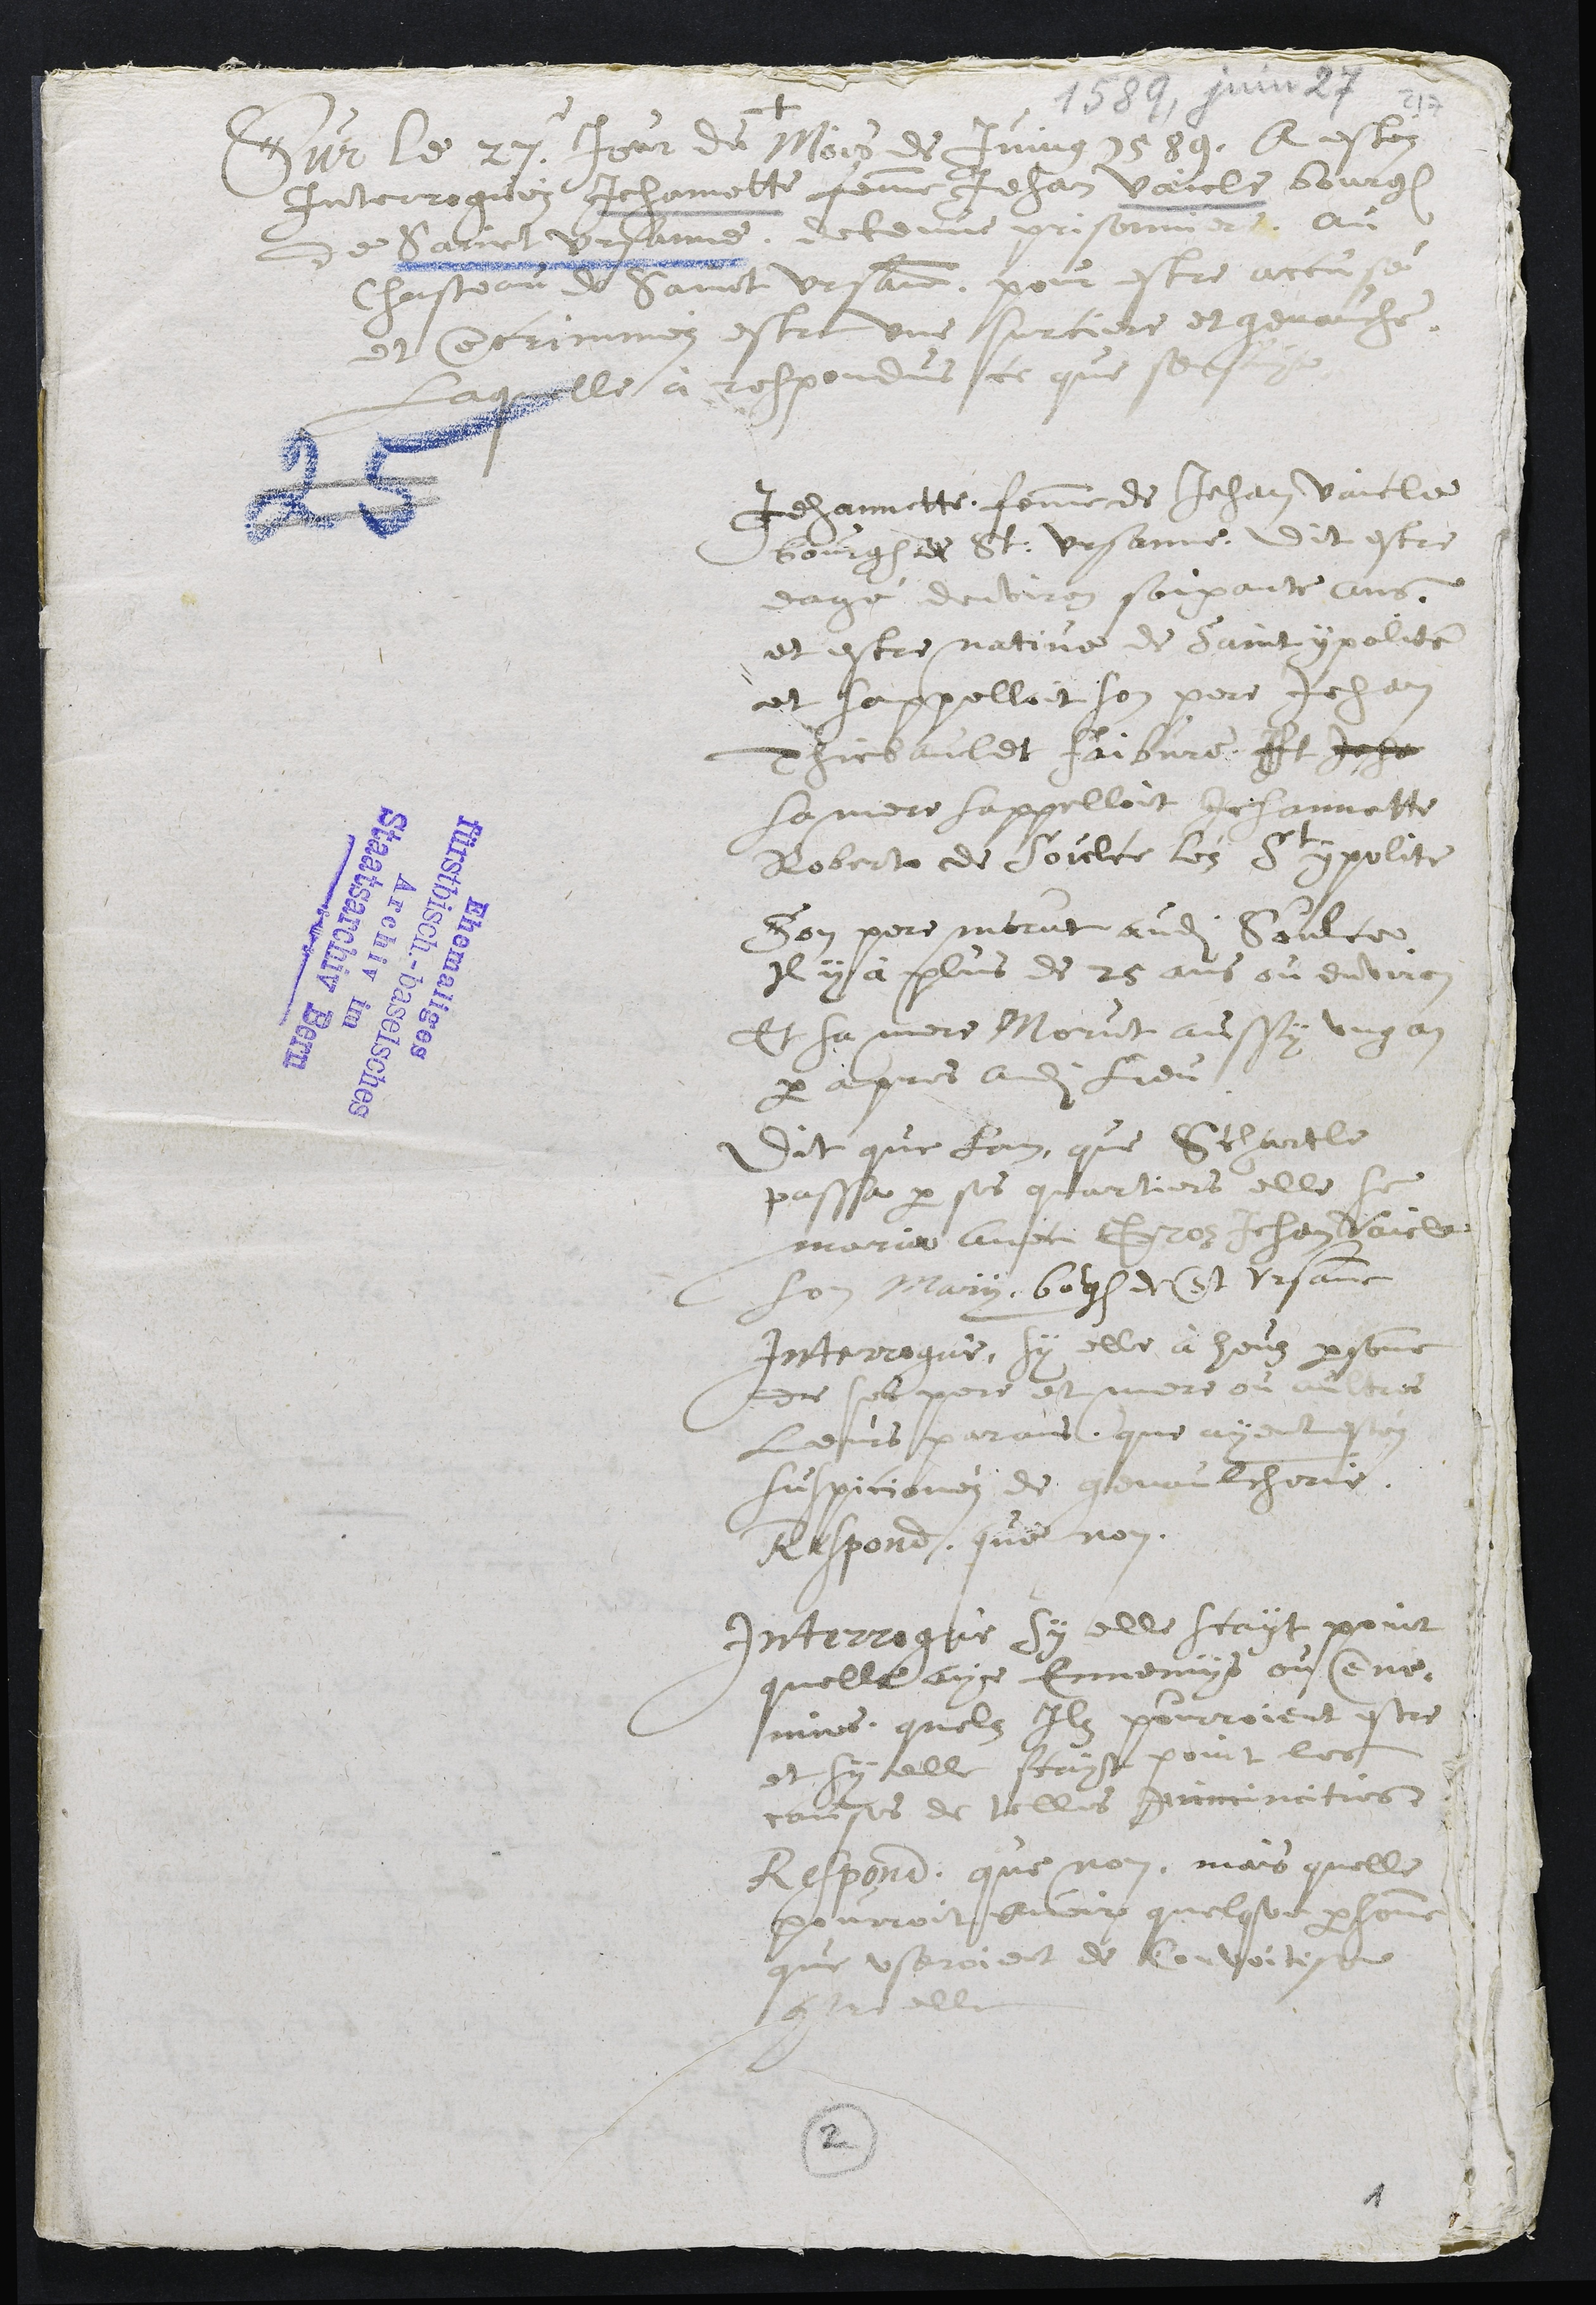
Sur le 27. Jour du Mois de Juing 1589 A estez
Intoiroguéz Jehannette femme Jehan Vaicle bourgeois
de Sainct Ursanne detenue prisonniere au
Chasteau de Sainct Ursanne, pour estre accusé
et encriminéz estre une surciere et genauche.
Laquelle a respondus ce que sensuyt
Jehannette, femme de Jehan Vaicle
bourgeois de St: Ursanne, dit estre
eagé denviron soixante ans,
et estre native de Saint ypolite
et sappellait son pere Jehan
Thiebaulet faibvre. Il Jeha
sa mere sappelloit Jehannette
Robert de Soulce lès St ypolite
Son pere morut audit Soulce
Il y a plus de 25 ans ou environ
Et sa mere Morut aussy ung an
par apres audit Lieu.
Dit que lors, que S chartle
passa par ses quartiers elle se
maria avec Groz Jehan Vaicle
Son mary, bourgeois de St Ursanne
Interrogué, Sy elle à heuz personne
des ses pere et mere ou aultres
Leurs parans que ayent estéz
suspicionéz de genaulcherie.
Respond, que non.
Interrogué Sy elle scayt point
quelle aye Ennemys ou enne-
mies, quelz Ilz pourroient estre
et Sy elle scayt point les
causes de telles Inimi mities
Respond, que non, mais quelle
pourroit avoir quelque personne
que useroient de Convoitise
contre elle